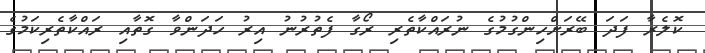
ކޮލެރާ ފަދަ ބޭރަށްހިންގުމުގެ ނުރައްކާތެރި ރޯގާ ފެތުރުނު އިރު ހަދަންވާ ގޮތާއި ރައްކާތެރިކަމުގެ